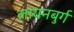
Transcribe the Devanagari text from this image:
लायनबुर्ग